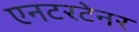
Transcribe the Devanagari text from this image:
एनटरटेनर